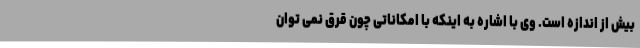
بیش از اندازه است. وی با اشاره به اینکه با امکاناتی چون قرق نمی توان